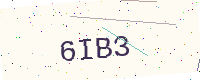
Text: 6IB3